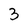
Character: 3